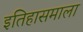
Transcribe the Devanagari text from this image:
इतिहासमाला